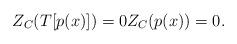
LaTeX: \begin{align*}Z_C(T[p(x)])=0 Z_C(p(x))=0.\end{align*}